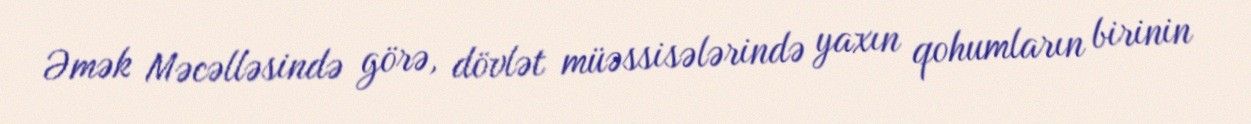
Əmək Məcəlləsində görə, dövlət müəssisələrində yaxın qohumların birinin